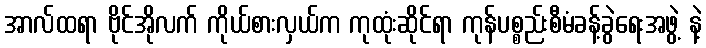
အာလ်ထရာ ဗိုင်အိုလက် ကိုယ်စားလှယ်က ကုထုံးဆိုင်ရာ ကုန်ပစ္စည်းစီမံခန့်ခွဲရေးအဖွဲ့ နဲ့